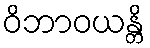
ဝိဘာဝယန္တိ